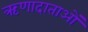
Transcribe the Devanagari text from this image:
ऋणादाताओं